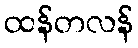
ထန်တလန်